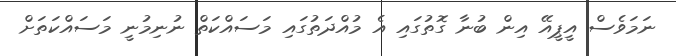
ނަމަވެސް އީޕީއޭ އިން ބުނާ ގޮތުގައި އެ މުއްދަތުގައި މަސައްކަތް ނުނިމުނީ މަސައްކަތަށް